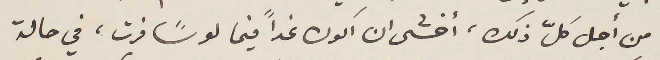
من أجل كلّ ذلك ، أخشى ان أكون غداً فيما لو سًافرت، في حالة